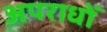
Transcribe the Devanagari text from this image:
अपराधोँ